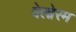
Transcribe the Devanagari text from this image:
वेलोरम